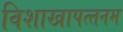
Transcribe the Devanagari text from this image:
विशाखापत्‍तनम